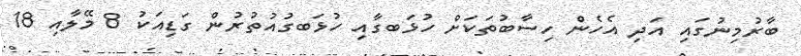
ބާރުމިނުގައި އަދި އެހެން ހިސާބުތަކަށް ހުޅަބގާއި ހުޅަބގުއުތުރުން ގަޑިއަކު 8 މޭލާއި 18